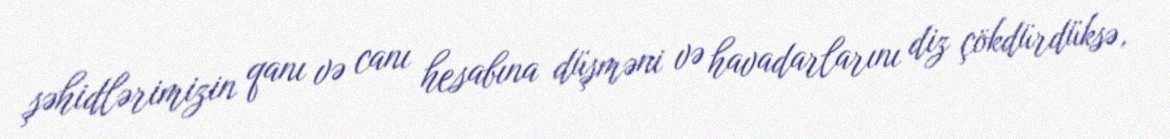
şəhidlərimizin qanı və canı hesabına düşməni və havadarlarını diz çökdürdüksə,